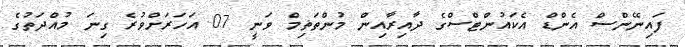
ފައިނޭންސް އެންޑް އެކައުންޓްސްގެ ދާއިރާއިން މުންތަޡިމް ވަނީ 07 އަހަރަށްވުރެ ގިނަ މުއްދަތުގެ